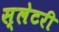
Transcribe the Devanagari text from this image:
स्लेटरी